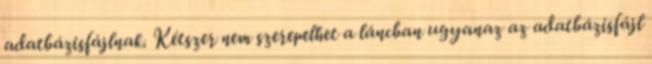
adatbázisfájlnak. Kétszer nem szerepelhet a láncban ugyanaz az adatbázisfájl